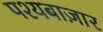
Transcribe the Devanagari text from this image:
पश्यबाज़ार